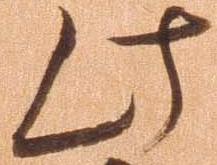
此